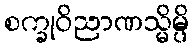
စက္ခုဝိညာဏသ္မိမ္ပိ